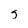
Character: s